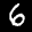
Label: 6